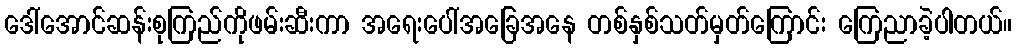
ဒေါ်အောင်ဆန်းစုကြည်ကိုဖမ်းဆီးကာ အရေးပေါ်အခြေအနေ တစ်နှစ်သတ်မှတ်ကြောင်း ကြေညာခဲ့ပါတယ်။